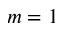
m = 1